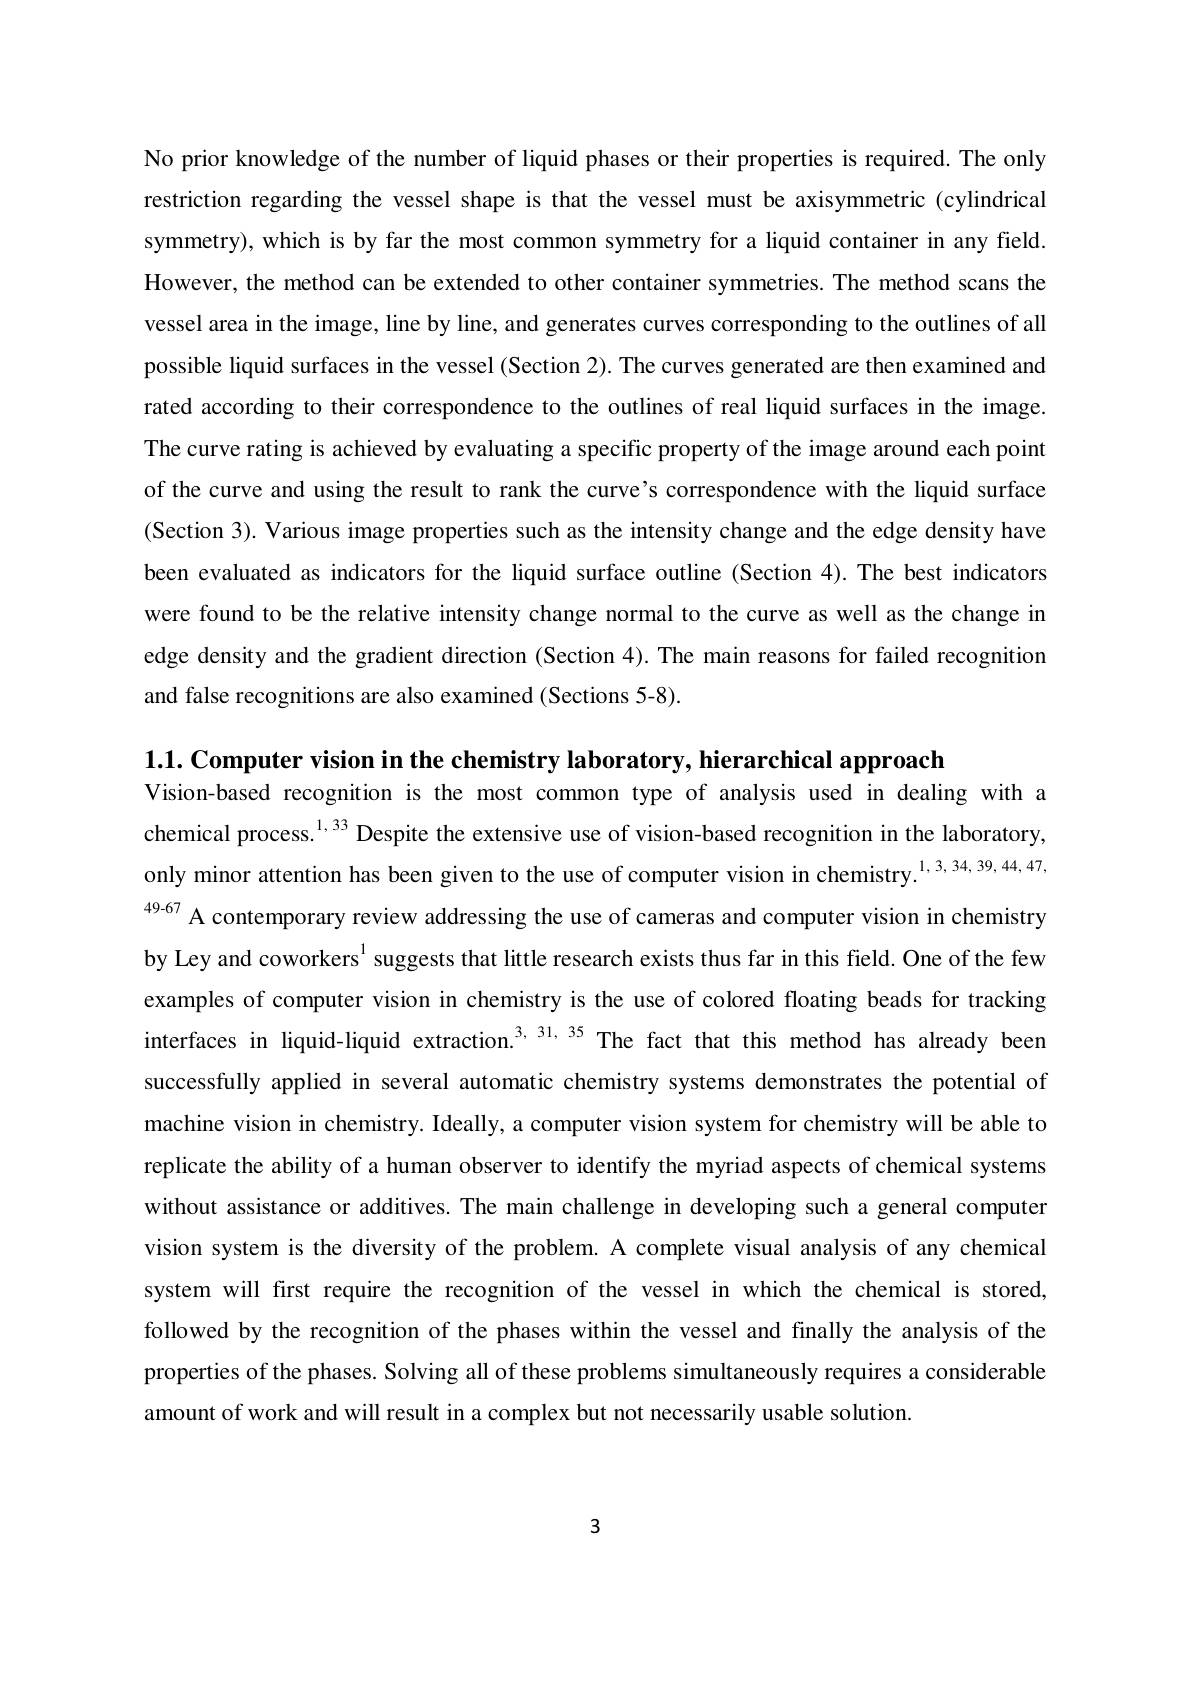
No prior knowledge of the number of liquid phases or their properties is required. The only restriction regarding the vessel shape is that the vessel must be axisymmetric (cylindrical symmetry), which is by far the most common symmetry for a liquid container in any field. However, the method can be extended to other container symmetries. The method scans the vessel area in the image, line by line, and generates curves corresponding to the outlines of all possible liquid surfaces in the vessel (Section 2). The curves generated are then examined and rated according to their correspondence to the outlines of real liquid surfaces in the image The curve rating is achieved by evaluating a specific property of the image around each point of the curve and using the result to rank the curve's correspondence with the liquid surface (Section 3). Various image properties such as the intensity change and the edge density have been evaluated as indicators for the liquid surface outline (Section 4).The best indicators were found to be the relative intensity change normal to the curve as well as the change in edge density and the gradient direction (Section 4). The main reasons for failled recognition and false recognitions are also examined (Sections 5-8).

1.1. Computer vision in the chemistry laboratory, hierarchical approach
Vision-based recognition is the most common type of analysis used in dealing with a chemical process.$^{1,33}$ Despite the extensive use of vision-based recognition in the laboratory, only minor attention has been given to the use of computer vision in chemistry.$^{1,3,34,39,44,47,}$ 49-67 A contemporary review addressing the use of cameras and computer vision in chemistry by Ley and coworkers$^{\mathrm{i}}$ suggests that little research exists thus far in this field. One of the few examples of computer vision in chemistry is the use of colored floating beads for tracking interfaces in liquid-liquid extraction.$^{3,31,35}$ The fact that this method has already been successfully applied in several automatic chemistry systems demonstrates the potential of machine vision in chemistry. Ideally, a computer vision system for chemistry will be able to replicate the ability of a human observer to identify the myriad aspects of chemical systems without assistance or additives. The main challenge in developing such a general computer vision system is the diversity of the problem. A complete visual analysis of any chemica system will first require the recognition of the vessel in which the chemical is stored, followed by the recognition of the phases within the vessel and finally the analysis of the properties of the phases. Solving all of these problems simultaneously requires a considerable amount of work and will result in a complex but not necessarily usable solution

3